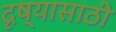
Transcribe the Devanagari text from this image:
दृष्यासाठी